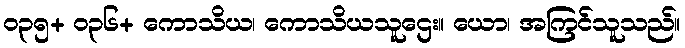
၀၃၅+ ၀၃၆+ ကောသိယ၊ ကောသိယသူဌေး။ ယော၊ အကြင်သူသည်။